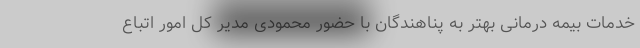
خدمات بیمه درمانی بهتر به پناهندگان با حضور محمودی مدیر کل امور اتباع